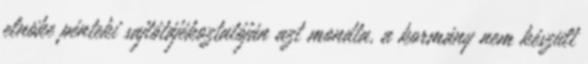
elnöke pénteki sajtótájékoztatóján azt mondta, a kormány nem készült